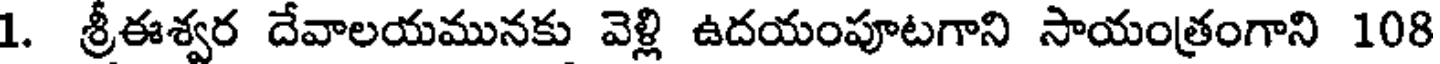
1. శ్రీఈశ్వర దేవాలయమునకు వెళ్లి ఉదయంపూటగాని సాయంత్రంగాని 108